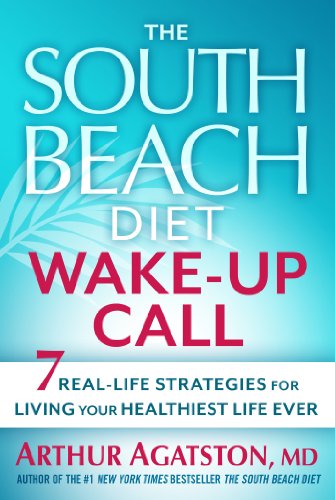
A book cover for The South Beach Diet Wake-Up Call: 7 Real-Life Strategies for Living Your Healthiest Life Ever; Arthur Agatston; Health, Fitness & Dieting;